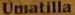
Umatilla